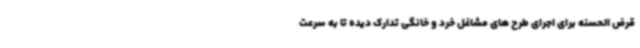
قرض الحسنه برای اجرای طرح های مشاغل خرد و خانگی تدارک دیده تا به سرعت